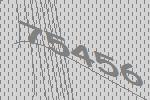
75456